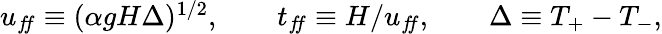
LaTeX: \begin{array}{r}{u_{f\! f}\equiv(\alpha gH\Delta)^{1/2},\qquad t_{f\! f}\equiv H/u_{f\! f},\qquad\Delta\equiv T_{+}-T_{-},}\end{array}